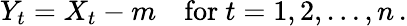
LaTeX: Y_{t}=X_{t}-m\quad{\mathrm{for~}}t=1,2,\dots,n\, .